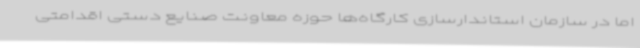
اما در سازمان استاندارسازی کارگاه‌ها حوزه معاونت صنایع دستی اقدامتی